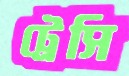
ট্রেসি